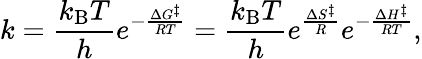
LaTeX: k={\frac{k_{\mathrm{{B}}}T}{h}}e^{-{\frac{\Delta G^{\ddagger}}{RT}}}={\frac{k_{\mathrm{{B}}}T}{h}}e^{\frac{\Delta S^{\ddagger}}{R}}e^{-{\frac{\Delta H^{\ddagger}}{RT}}},